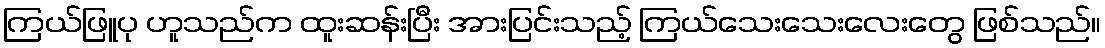
ကြယ်ဖြူပု ဟူသည်က ထူးဆန်းပြီး အားပြင်းသည့် ကြယ်သေးသေးလေးတွေ ဖြစ်သည်။